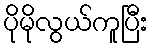
ပိုမိုလွယ်ကူပြီး